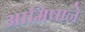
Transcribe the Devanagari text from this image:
आमिषाने